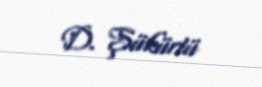
D. Şükürlü